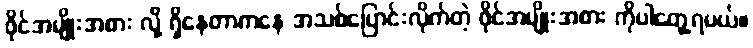
ဖိုင်အမျိုးအစား လို့ ရှိနေတာကနေ အသစ်ပြောင်းလိုက်တဲ့ ဖိုင်အမျိုးအစား ကိုပါတွေ့ရမယ်။